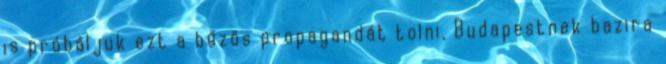
is próbáljuk ezt a bűzös propagandát tolni, Budapestnek bazira